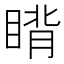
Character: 𬑜